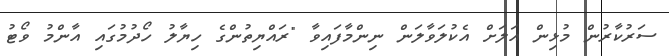
ސަރުކާރުން މުޅިން އަލަށް އެކުލަވާލަން ނިންމާފައިވާ "ރައްޔިތުންގެ ހިޔާލު ހޯދުމުގައި އާންމު ވޯޓު